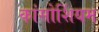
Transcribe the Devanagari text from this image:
कांसोर्शियम